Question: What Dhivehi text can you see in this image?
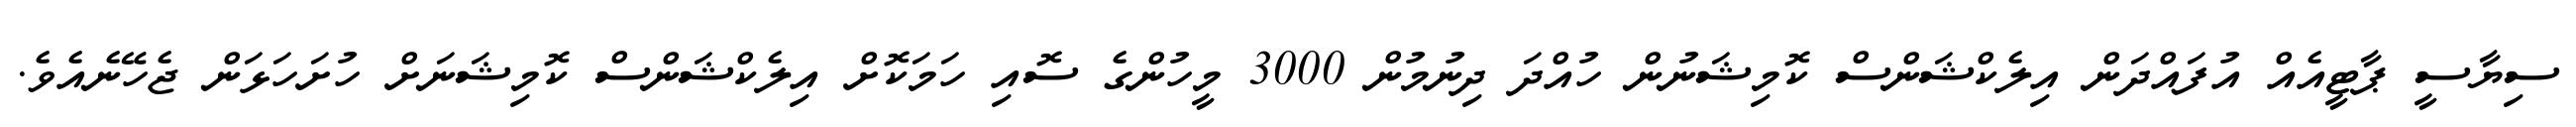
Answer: ސިޔާސީ ޕާޓީއެއް އުފައްދަން އިލެކްޝަންސް ކޮމިޝަނުން ހުއްދަ ދިނުމުން 3000 މީހުންގެ ސޮއި ހަމަކޮށް އިލެކްޝަންސް ކޮމިޝަނަށް ހުށަހަޅަން ޖެހޭނެއެވެ.